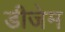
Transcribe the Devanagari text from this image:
डीजेम